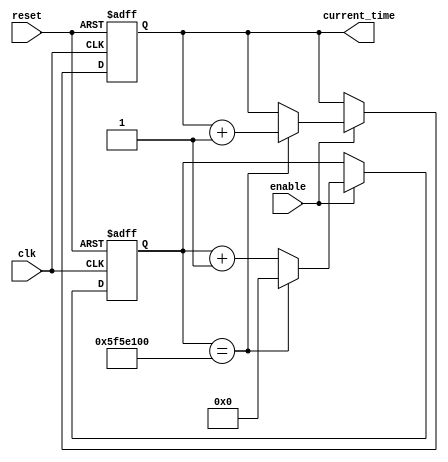
module rtc_timer (
input wire clk, // System clock input
input wire reset, // System reset input
input wire enable, // Enable signal for RTC timer
output reg [31:0] current_time // Output signal for current time
);

reg [31:0] counter; // Counter to keep track of time

always @(posedge clk or posedge reset) begin
if (reset) begin
counter <= 0;
current_time <= 0;
end else begin
if (enable) begin
counter <= counter + 1;
if (counter == 100000000) begin // Update time every second (assuming 100 MHz clock)
current_time <= current_time + 1;
counter <= 0;
end
end
end
end

endmodule